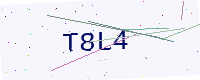
Text: T8L4